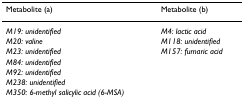
| Metabolite (a) | Metabolite (b) |
 | --- | --- |
 | M19: unidentified | M4: lactic acid |
 | M20: valine | M118: unidentified |
 | M23: unidentified | M157: fumaric acid |
 | M84: unidentified |  |
 | M92: unidentified |  |
 | M238: unidentified |  |
 | M350: 6-methyl salicylic acid (6-MSA) |  |